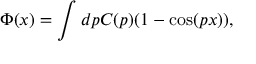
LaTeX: \Phi ( x ) = \int d p C ( p ) ( 1 - \cos ( p x ) ) ,